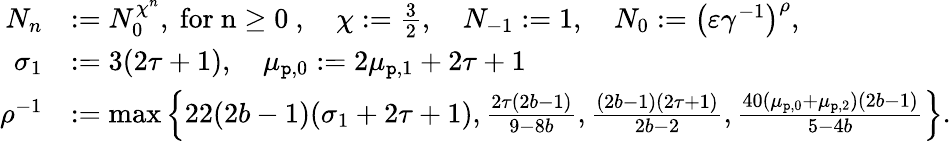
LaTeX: \begin{array}{rl}{N_{n}}&{:=N_{0}^{\chi^{n}},\mathrm{~for~n\ge 0~},\quad\chi:=\frac{3}{2},\quad N_{-1}:=1,\quad N_{0}:=\left(\varepsilon\gamma^{-1}\right)^{\rho},}\\ {\sigma_{1}}&{:=3(2\tau+1),\quad\mu_{\mathtt{p},0}:=2\mu_{\mathtt{p},1}+2\tau+1}\\ {\rho^{-1}}&{:=\operatorname*{max}\left\{ 22(2b-1)(\sigma_{1}+2\tau+1),\frac{2\tau(2b-1)}{9-8b},\frac{(2b-1)(2\tau+1)}{2b-2},\frac{40(\mu_{\mathtt{p},0}+\mu_{\mathtt{p},2})(2b-1)}{5-4b}\right\} .}\end{array}